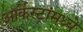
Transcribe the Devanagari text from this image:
ऑर्केस्ट्रांमध्ये